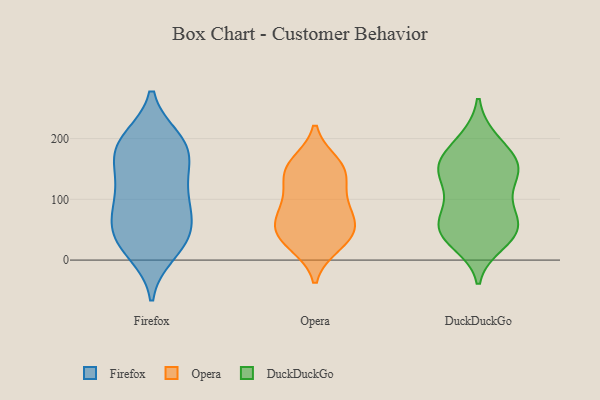
{"axis": {"x": "Backlog", "y": "Value"}, "legend": ["DuckDuckGo", "Firefox", "Opera"], "data": [{"x": "", "y": 128, "type": "Firefox"}, {"x": "", "y": 143, "type": "Firefox"}, {"x": "", "y": 76, "type": "Firefox"}, {"x": "", "y": 35, "type": "Firefox"}, {"x": "", "y": 12, "type": "Firefox"}, {"x": "", "y": 199, "type": "Firefox"}, {"x": "", "y": 60, "type": "Firefox"}, {"x": "", "y": 193, "type": "Firefox"}, {"x": "", "y": 78, "type": "Firefox"}, {"x": "", "y": 170, "type": "Firefox"}, {"x": "", "y": 199, "type": "Firefox"}, {"x": "", "y": 171, "type": "Firefox"}, {"x": "", "y": 26, "type": "Firefox"}, {"x": "", "y": 53, "type": "Firefox"}, {"x": "", "y": 27, "type": "Firefox"}, {"x": "", "y": 110, "type": "Firefox"}, {"x": "", "y": 183, "type": "Firefox"}, {"x": "", "y": 103, "type": "Firefox"}, {"x": "", "y": 50, "type": "Opera"}, {"x": "", "y": 25, "type": "Opera"}, {"x": "", "y": 114, "type": "Opera"}, {"x": "", "y": 159, "type": "Opera"}, {"x": "", "y": 67, "type": "Opera"}, {"x": "", "y": 84, "type": "Opera"}, {"x": "", "y": 47, "type": "Opera"}, {"x": "", "y": 146, "type": "Opera"}, {"x": "", "y": 146, "type": "Opera"}, {"x": "", "y": 28, "type": "Opera"}, {"x": "", "y": 93, "type": "Opera"}, {"x": "", "y": 151, "type": "Opera"}, {"x": "", "y": 51, "type": "Opera"}, {"x": "", "y": 100, "type": "DuckDuckGo"}, {"x": "", "y": 159, "type": "DuckDuckGo"}, {"x": "", "y": 51, "type": "DuckDuckGo"}, {"x": "", "y": 198, "type": "DuckDuckGo"}, {"x": "", "y": 88, "type": "DuckDuckGo"}, {"x": "", "y": 198, "type": "DuckDuckGo"}, {"x": "", "y": 156, "type": "DuckDuckGo"}, {"x": "", "y": 47, "type": "DuckDuckGo"}, {"x": "", "y": 150, "type": "DuckDuckGo"}, {"x": "", "y": 50, "type": "DuckDuckGo"}, {"x": "", "y": 37, "type": "DuckDuckGo"}, {"x": "", "y": 164, "type": "DuckDuckGo"}, {"x": "", "y": 91, "type": "DuckDuckGo"}, {"x": "", "y": 146, "type": "DuckDuckGo"}, {"x": "", "y": 28, "type": "DuckDuckGo"}, {"x": "", "y": 142, "type": "DuckDuckGo"}, {"x": "", "y": 57, "type": "DuckDuckGo"}, {"x": "", "y": 145, "type": "DuckDuckGo"}, {"x": "", "y": 50, "type": "DuckDuckGo"}]}